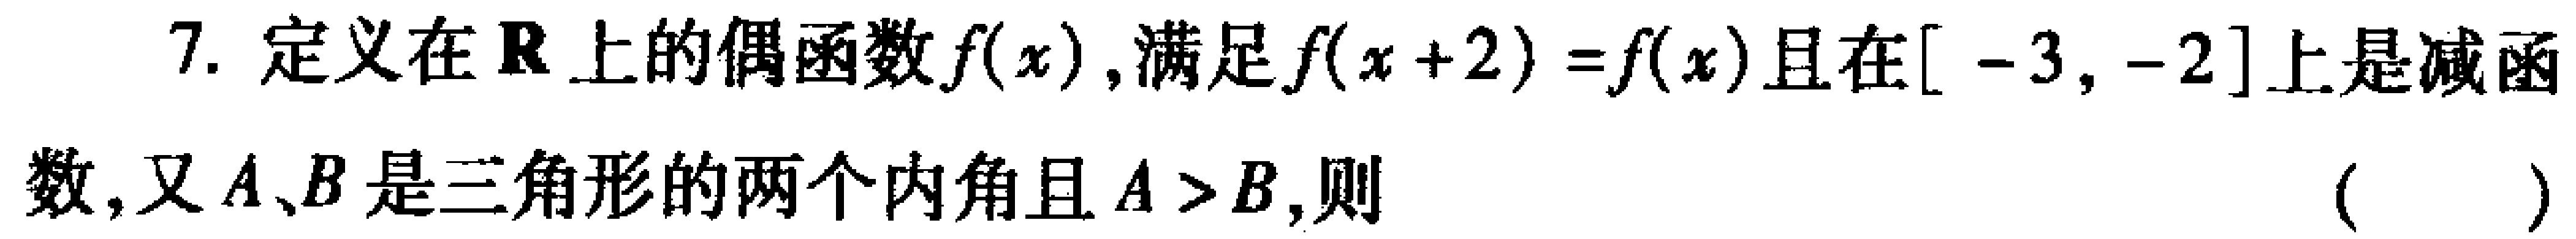
7. 定义在\(\mathbf{R}\)上的偶函数\(f(x)\)，满足\(f(x + 2)=f(x)\)且在\([ - 3,-2]\)上是减函数，又\(A、B\)是三角形的两个内角且\(A > B\)，则 （  ）